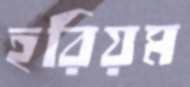
হরিয়ম